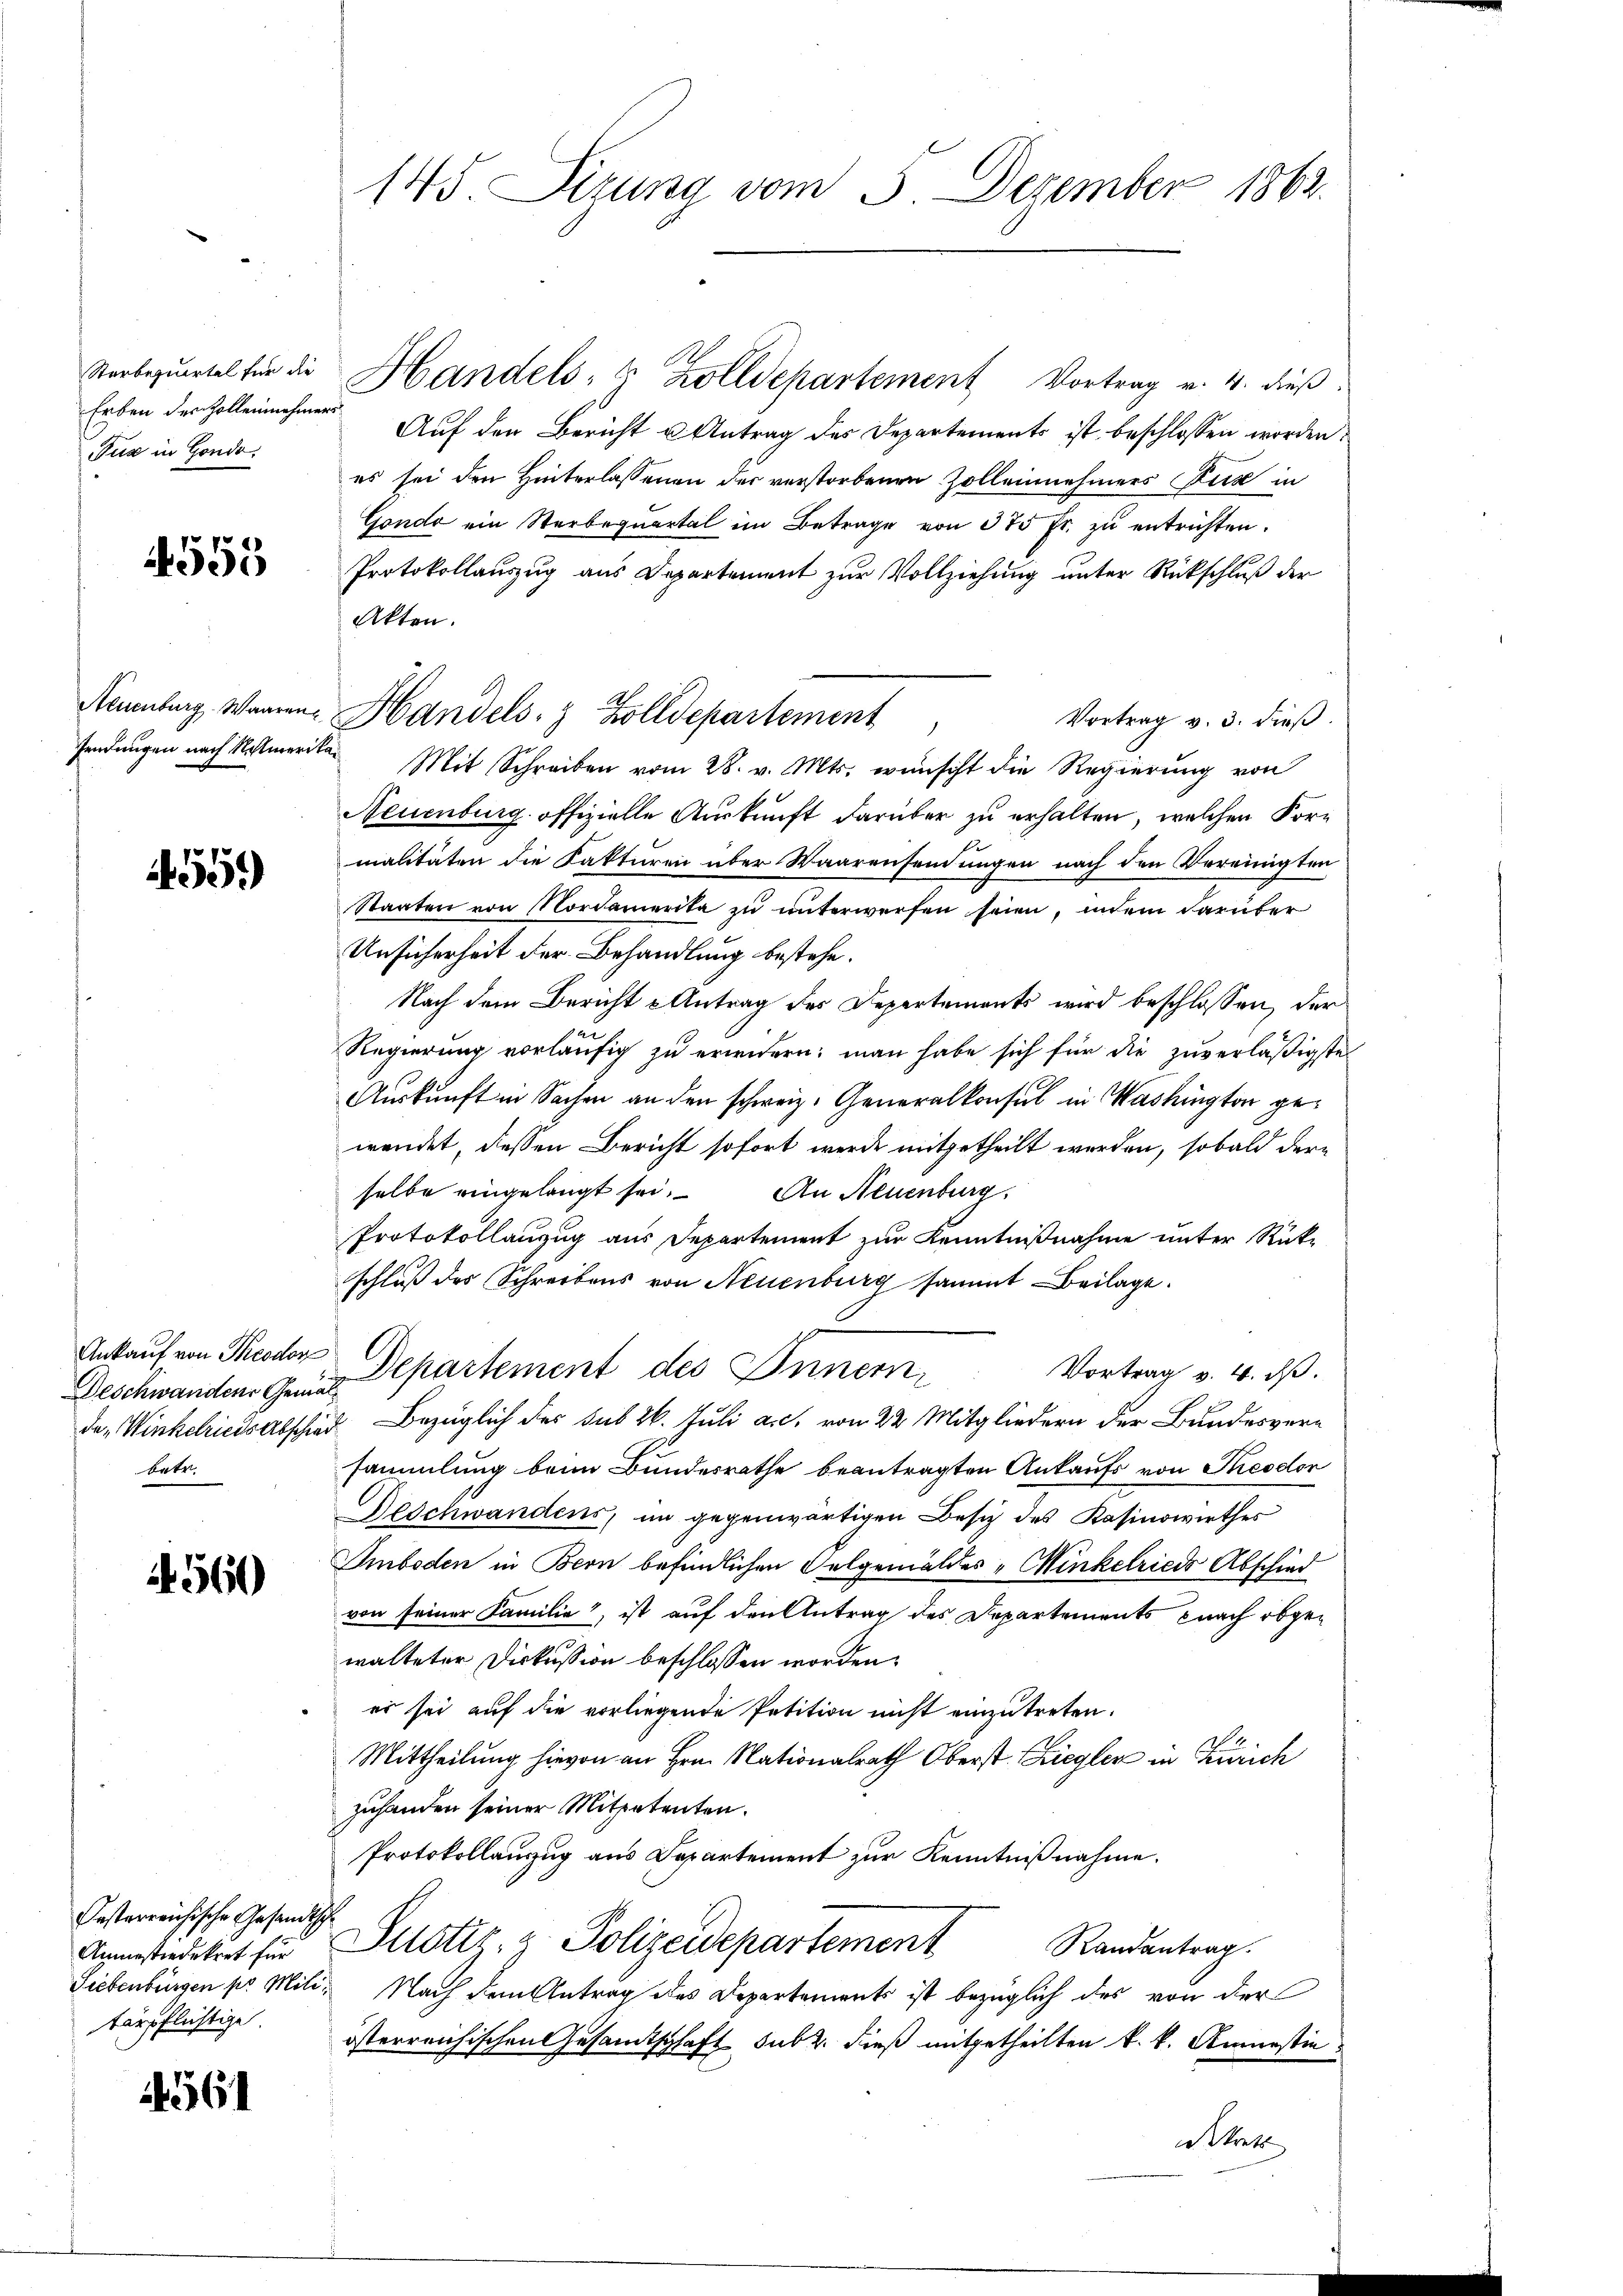
Erben des Zollennehmers
Tuz in Gonds.

4555

4559)

Ankauf von Theodor
betr.

4560

Oesterreichische Gesandtsch
tärpflichtige.

4561

Verbezŭertel für die Handels- & Zolldepartement Vortrag v. 4. dieβ.
Auf den Bericht u. Antrag des Departements ist beschlossen worden,
es sei den Hinterlassenen der verstorbenen Zolleinehmers Zug in
Gondo ein Sterbequartal im Betrage von 375 fr. zŭ entrichten.
Protokollauszug aus Departement zur Vollziehung unter Rückschluß der
Akten.
Vortrag v. 3. dieβ.
Fendungen nach Kellmerika. Mit Schreiben vom 28. v. Mts. wünscht die Regierung von
Neuenburg offizielle Auskunft darüber zu erhalten, welchen Kormalitäten die Fakturen über Waarensendungen nach den Vereinigten
Staaten von Nordamerika zu unterwerfen seien, indem darüber
Unsicherheit der Behandlung bestehe.
Nach dem Bericht & Antrag des Departements wird beschlossen, der
Regierung vorläufig zu erwidern; man habe sich für die zuverläßigste
Auskunft in Sachen an den schweiz. Generalkonsul in Washington gewendet, dessen Bericht sofort werde mitgetheilt werden, sobald derselbe eingelangt sei. An Neuenburg,
Protokollanzug aus Departement zur Kenntnißnahme unter Rück-
schluß des Schreibens von Neuenburg sammt Beilage.
Vortrag v. 4. d.
Deschwanden Gemein Departement des Innemdes Winkelricis Abschied Bezüglich der sub 26. Juli a.c. von 22 Mitgliedern der Bundesversammlung beim Bundesrathe beantragten Ankaufs von Kreodor
Beschwandens, im gegenwärtigen Besitz des Kasinowirthes
Amboden in Bern befindlichen Selgemäldes Winkelrieds Abschied
von seiner Familie, ist auf den Antrag des Departements nach obgewalteter Diskussion beschlossen worden.
es sei auf die vorliegende Petition nicht einzutreten.
d
Mittheilung hievon an Hrn. Nationalrath Oberst Ziegler in Zürich
zuhanden seiner Mitpetenten.
Protokollanzug aus Departement zur Kenntnißnahme.
Anmstidekret für Plotiz & Polizeidepartement
Randantrag.
Siebenbürgen pr. Mili, Nach dem Antrag des Departements ist bezüglich des von der
österreichischen Gesamtschaft sub 2. dieß mitgetheilten k. k. Amnestin
Ahnh

145. Sizung vom 5. Dezember 1862.

Naumburg, Warne Handels- & Zolldepartement,